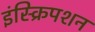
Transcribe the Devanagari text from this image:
इंस्क्रिपशन